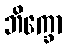
ဘိက္ခော